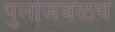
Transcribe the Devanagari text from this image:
पुलाजवळच